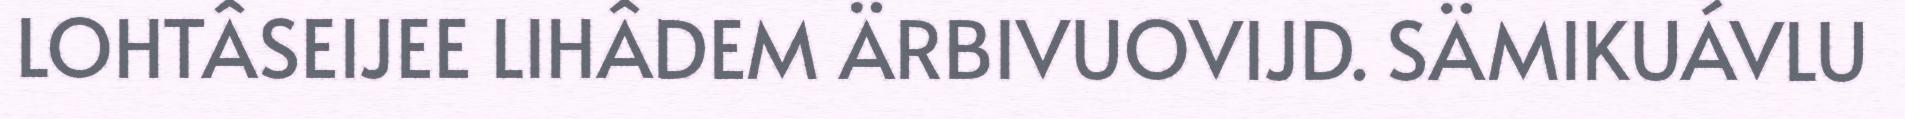
LOHTÂSEIJEE LIHÂDEM ÄRBIVUOVIJD. SÄMIKUÁVLU